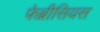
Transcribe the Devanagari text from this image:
फेब्रीसियस